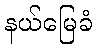
နယ်မြေခံ